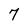
Character: 7